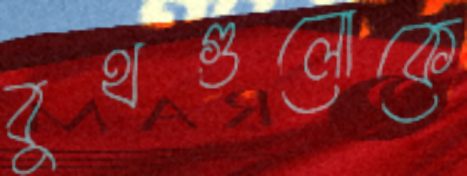
বুথগুলোকে